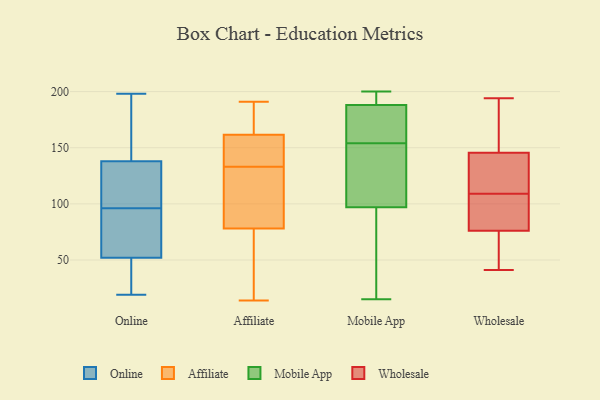
{"axis": {"x": "Conversion Rate (%)", "y": "Value"}, "legend": ["Affiliate", "Mobile App", "Online", "Wholesale"], "data": [{"x": "", "y": 92, "type": "Online"}, {"x": "", "y": 51, "type": "Online"}, {"x": "", "y": 19, "type": "Online"}, {"x": "", "y": 45, "type": "Online"}, {"x": "", "y": 89, "type": "Online"}, {"x": "", "y": 153, "type": "Online"}, {"x": "", "y": 100, "type": "Online"}, {"x": "", "y": 66, "type": "Online"}, {"x": "", "y": 138, "type": "Online"}, {"x": "", "y": 166, "type": "Online"}, {"x": "", "y": 60, "type": "Online"}, {"x": "", "y": 198, "type": "Online"}, {"x": "", "y": 108, "type": "Online"}, {"x": "", "y": 111, "type": "Online"}, {"x": "", "y": 132, "type": "Online"}, {"x": "", "y": 26, "type": "Online"}, {"x": "", "y": 182, "type": "Online"}, {"x": "", "y": 52, "type": "Online"}, {"x": "", "y": 133, "type": "Affiliate"}, {"x": "", "y": 180, "type": "Affiliate"}, {"x": "", "y": 89, "type": "Affiliate"}, {"x": "", "y": 78, "type": "Affiliate"}, {"x": "", "y": 122, "type": "Affiliate"}, {"x": "", "y": 191, "type": "Affiliate"}, {"x": "", "y": 161, "type": "Affiliate"}, {"x": "", "y": 139, "type": "Affiliate"}, {"x": "", "y": 78, "type": "Affiliate"}, {"x": "", "y": 163, "type": "Affiliate"}, {"x": "", "y": 14, "type": "Affiliate"}, {"x": "", "y": 159, "type": "Affiliate"}, {"x": "", "y": 148, "type": "Affiliate"}, {"x": "", "y": 56, "type": "Affiliate"}, {"x": "", "y": 78, "type": "Affiliate"}, {"x": "", "y": 50, "type": "Affiliate"}, {"x": "", "y": 186, "type": "Affiliate"}, {"x": "", "y": 151, "type": "Mobile App"}, {"x": "", "y": 149, "type": "Mobile App"}, {"x": "", "y": 35, "type": "Mobile App"}, {"x": "", "y": 157, "type": "Mobile App"}, {"x": "", "y": 56, "type": "Mobile App"}, {"x": "", "y": 100, "type": "Mobile App"}, {"x": "", "y": 182, "type": "Mobile App"}, {"x": "", "y": 199, "type": "Mobile App"}, {"x": "", "y": 188, "type": "Mobile App"}, {"x": "", "y": 173, "type": "Mobile App"}, {"x": "", "y": 15, "type": "Mobile App"}, {"x": "", "y": 200, "type": "Mobile App"}, {"x": "", "y": 189, "type": "Mobile App"}, {"x": "", "y": 97, "type": "Mobile App"}, {"x": "", "y": 102, "type": "Wholesale"}, {"x": "", "y": 69, "type": "Wholesale"}, {"x": "", "y": 60, "type": "Wholesale"}, {"x": "", "y": 191, "type": "Wholesale"}, {"x": "", "y": 65, "type": "Wholesale"}, {"x": "", "y": 83, "type": "Wholesale"}, {"x": "", "y": 114, "type": "Wholesale"}, {"x": "", "y": 178, "type": "Wholesale"}, {"x": "", "y": 93, "type": "Wholesale"}, {"x": "", "y": 41, "type": "Wholesale"}, {"x": "", "y": 119, "type": "Wholesale"}, {"x": "", "y": 164, "type": "Wholesale"}, {"x": "", "y": 119, "type": "Wholesale"}, {"x": "", "y": 107, "type": "Wholesale"}, {"x": "", "y": 99, "type": "Wholesale"}, {"x": "", "y": 127, "type": "Wholesale"}, {"x": "", "y": 66, "type": "Wholesale"}, {"x": "", "y": 166, "type": "Wholesale"}, {"x": "", "y": 111, "type": "Wholesale"}, {"x": "", "y": 194, "type": "Wholesale"}]}